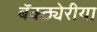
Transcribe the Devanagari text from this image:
बॅक्ठ्येरीया